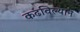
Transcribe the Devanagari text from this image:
कढविल्याने